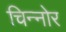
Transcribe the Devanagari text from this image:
चिन्नोर